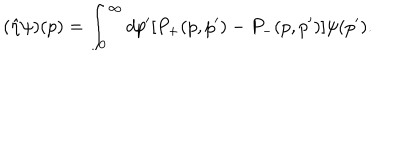
( \hat { \eta } \psi ) ( p ) = \int _ { 0 } ^ { \infty } d p ^ { \prime } [ P _ { + } ( p , p ^ { \prime } ) - P _ { - } ( p , p ^ { \prime } ) ] \psi ( p ^ { \prime } ) .